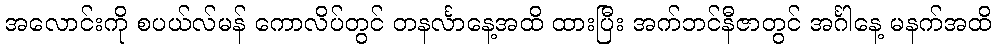
အလောင်းကို စပယ်လ်မန် ကောလိပ်တွင် တနင်္လာနေ့အထိ ထားပြီး အက်ဘင်နီဇာတွင် အင်္ဂါနေ့ မနက်အထိ